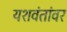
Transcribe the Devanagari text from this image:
यशवंतांवर